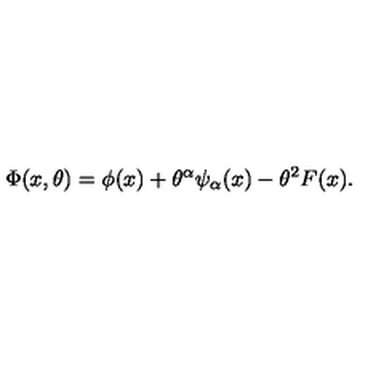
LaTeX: \Phi ( x , \theta ) = \phi ( x ) + \theta ^ { \alpha } \psi _ { \alpha } ( x ) - \theta ^ { 2 } F ( x ) .